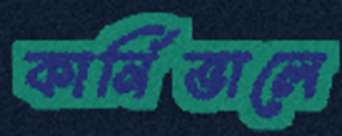
কার্নিভালে